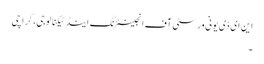
این ای ڈی یونی ورسٹی آف انجینئرنگ اینڈ ٹیکنالوجی، کراچی
۔